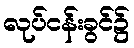
လုပ်ငန်းခွင်၌